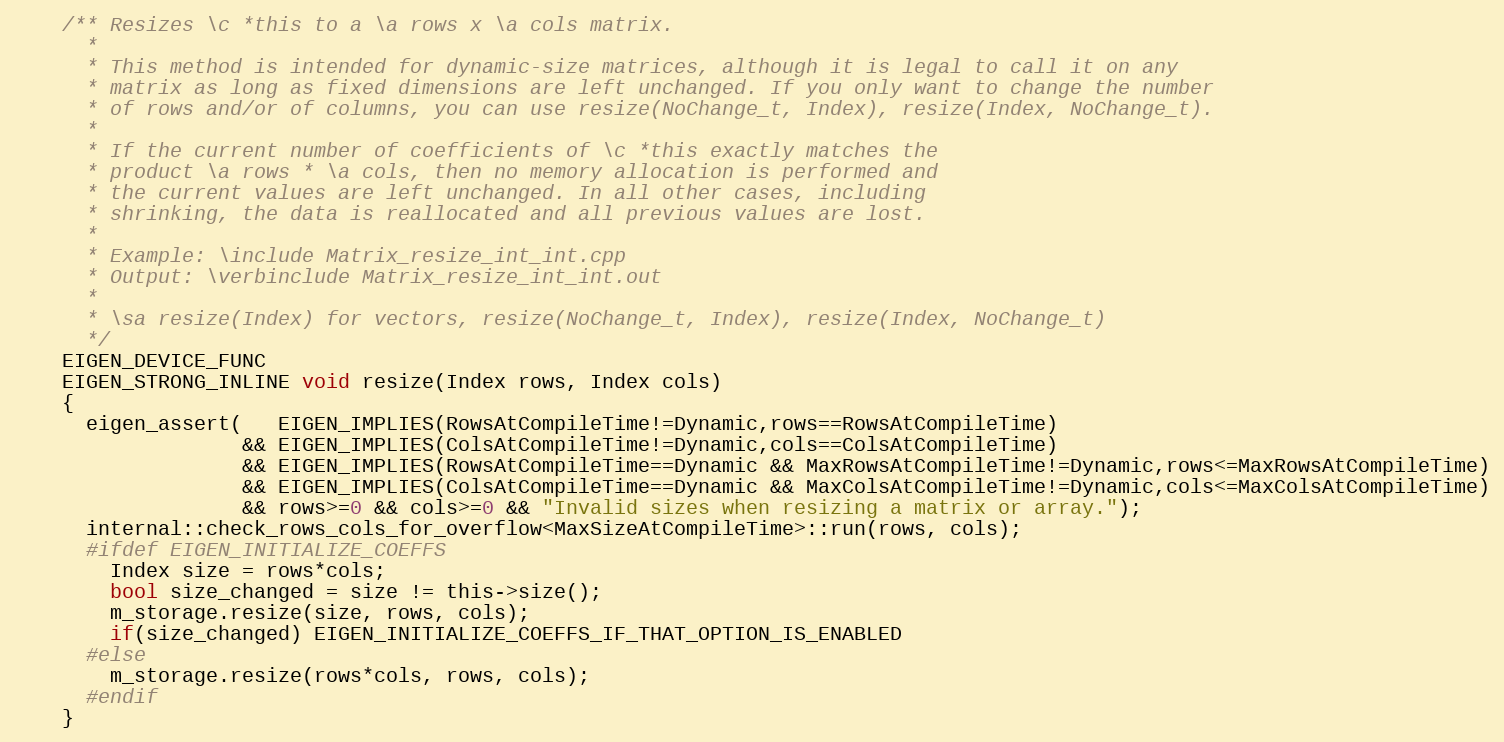
Language: C
    /** Resizes \c *this to a \a rows x \a cols matrix.
      *
      * This method is intended for dynamic-size matrices, although it is legal to call it on any
      * matrix as long as fixed dimensions are left unchanged. If you only want to change the number
      * of rows and/or of columns, you can use resize(NoChange_t, Index), resize(Index, NoChange_t).
      *
      * If the current number of coefficients of \c *this exactly matches the
      * product \a rows * \a cols, then no memory allocation is performed and
      * the current values are left unchanged. In all other cases, including
      * shrinking, the data is reallocated and all previous values are lost.
      *
      * Example: \include Matrix_resize_int_int.cpp
      * Output: \verbinclude Matrix_resize_int_int.out
      *
      * \sa resize(Index) for vectors, resize(NoChange_t, Index), resize(Index, NoChange_t)
      */
    EIGEN_DEVICE_FUNC
    EIGEN_STRONG_INLINE void resize(Index rows, Index cols)
    {
      eigen_assert(   EIGEN_IMPLIES(RowsAtCompileTime!=Dynamic,rows==RowsAtCompileTime)
                   && EIGEN_IMPLIES(ColsAtCompileTime!=Dynamic,cols==ColsAtCompileTime)
                   && EIGEN_IMPLIES(RowsAtCompileTime==Dynamic && MaxRowsAtCompileTime!=Dynamic,rows<=MaxRowsAtCompileTime)
                   && EIGEN_IMPLIES(ColsAtCompileTime==Dynamic && MaxColsAtCompileTime!=Dynamic,cols<=MaxColsAtCompileTime)
                   && rows>=0 && cols>=0 && "Invalid sizes when resizing a matrix or array.");
      internal::check_rows_cols_for_overflow<MaxSizeAtCompileTime>::run(rows, cols);
      #ifdef EIGEN_INITIALIZE_COEFFS
        Index size = rows*cols;
        bool size_changed = size != this->size();
        m_storage.resize(size, rows, cols);
        if(size_changed) EIGEN_INITIALIZE_COEFFS_IF_THAT_OPTION_IS_ENABLED
      #else
        m_storage.resize(rows*cols, rows, cols);
      #endif
    }